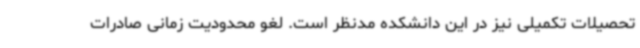
تحصیلات تکمیلی نیز در این دانشکده مدنظر است. لغو محدودیت زمانی صادرات